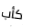
كأب